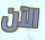
الآن